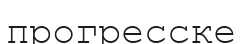
прогресске